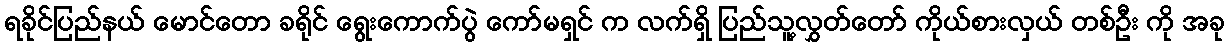
ရခိုင်ပြည်နယ် မောင်တော ခရိုင် ရွေးကောက်ပွဲ ကော်မရှင် က လက်ရှိ ပြည်သူ့လွှတ်တော် ကိုယ်စားလှယ် တစ်ဦး ကို အခု